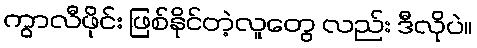
ကွာလီဖိုင်း ဖြစ်နိုင်တဲ့လူတွေ လည်း ဒီလိုပဲ။